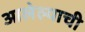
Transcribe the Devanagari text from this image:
आलेल्याची